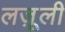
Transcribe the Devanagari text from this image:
लजू़ली